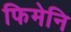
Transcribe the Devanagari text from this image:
फिमेनि